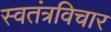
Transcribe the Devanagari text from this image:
स्वतंत्रविचार